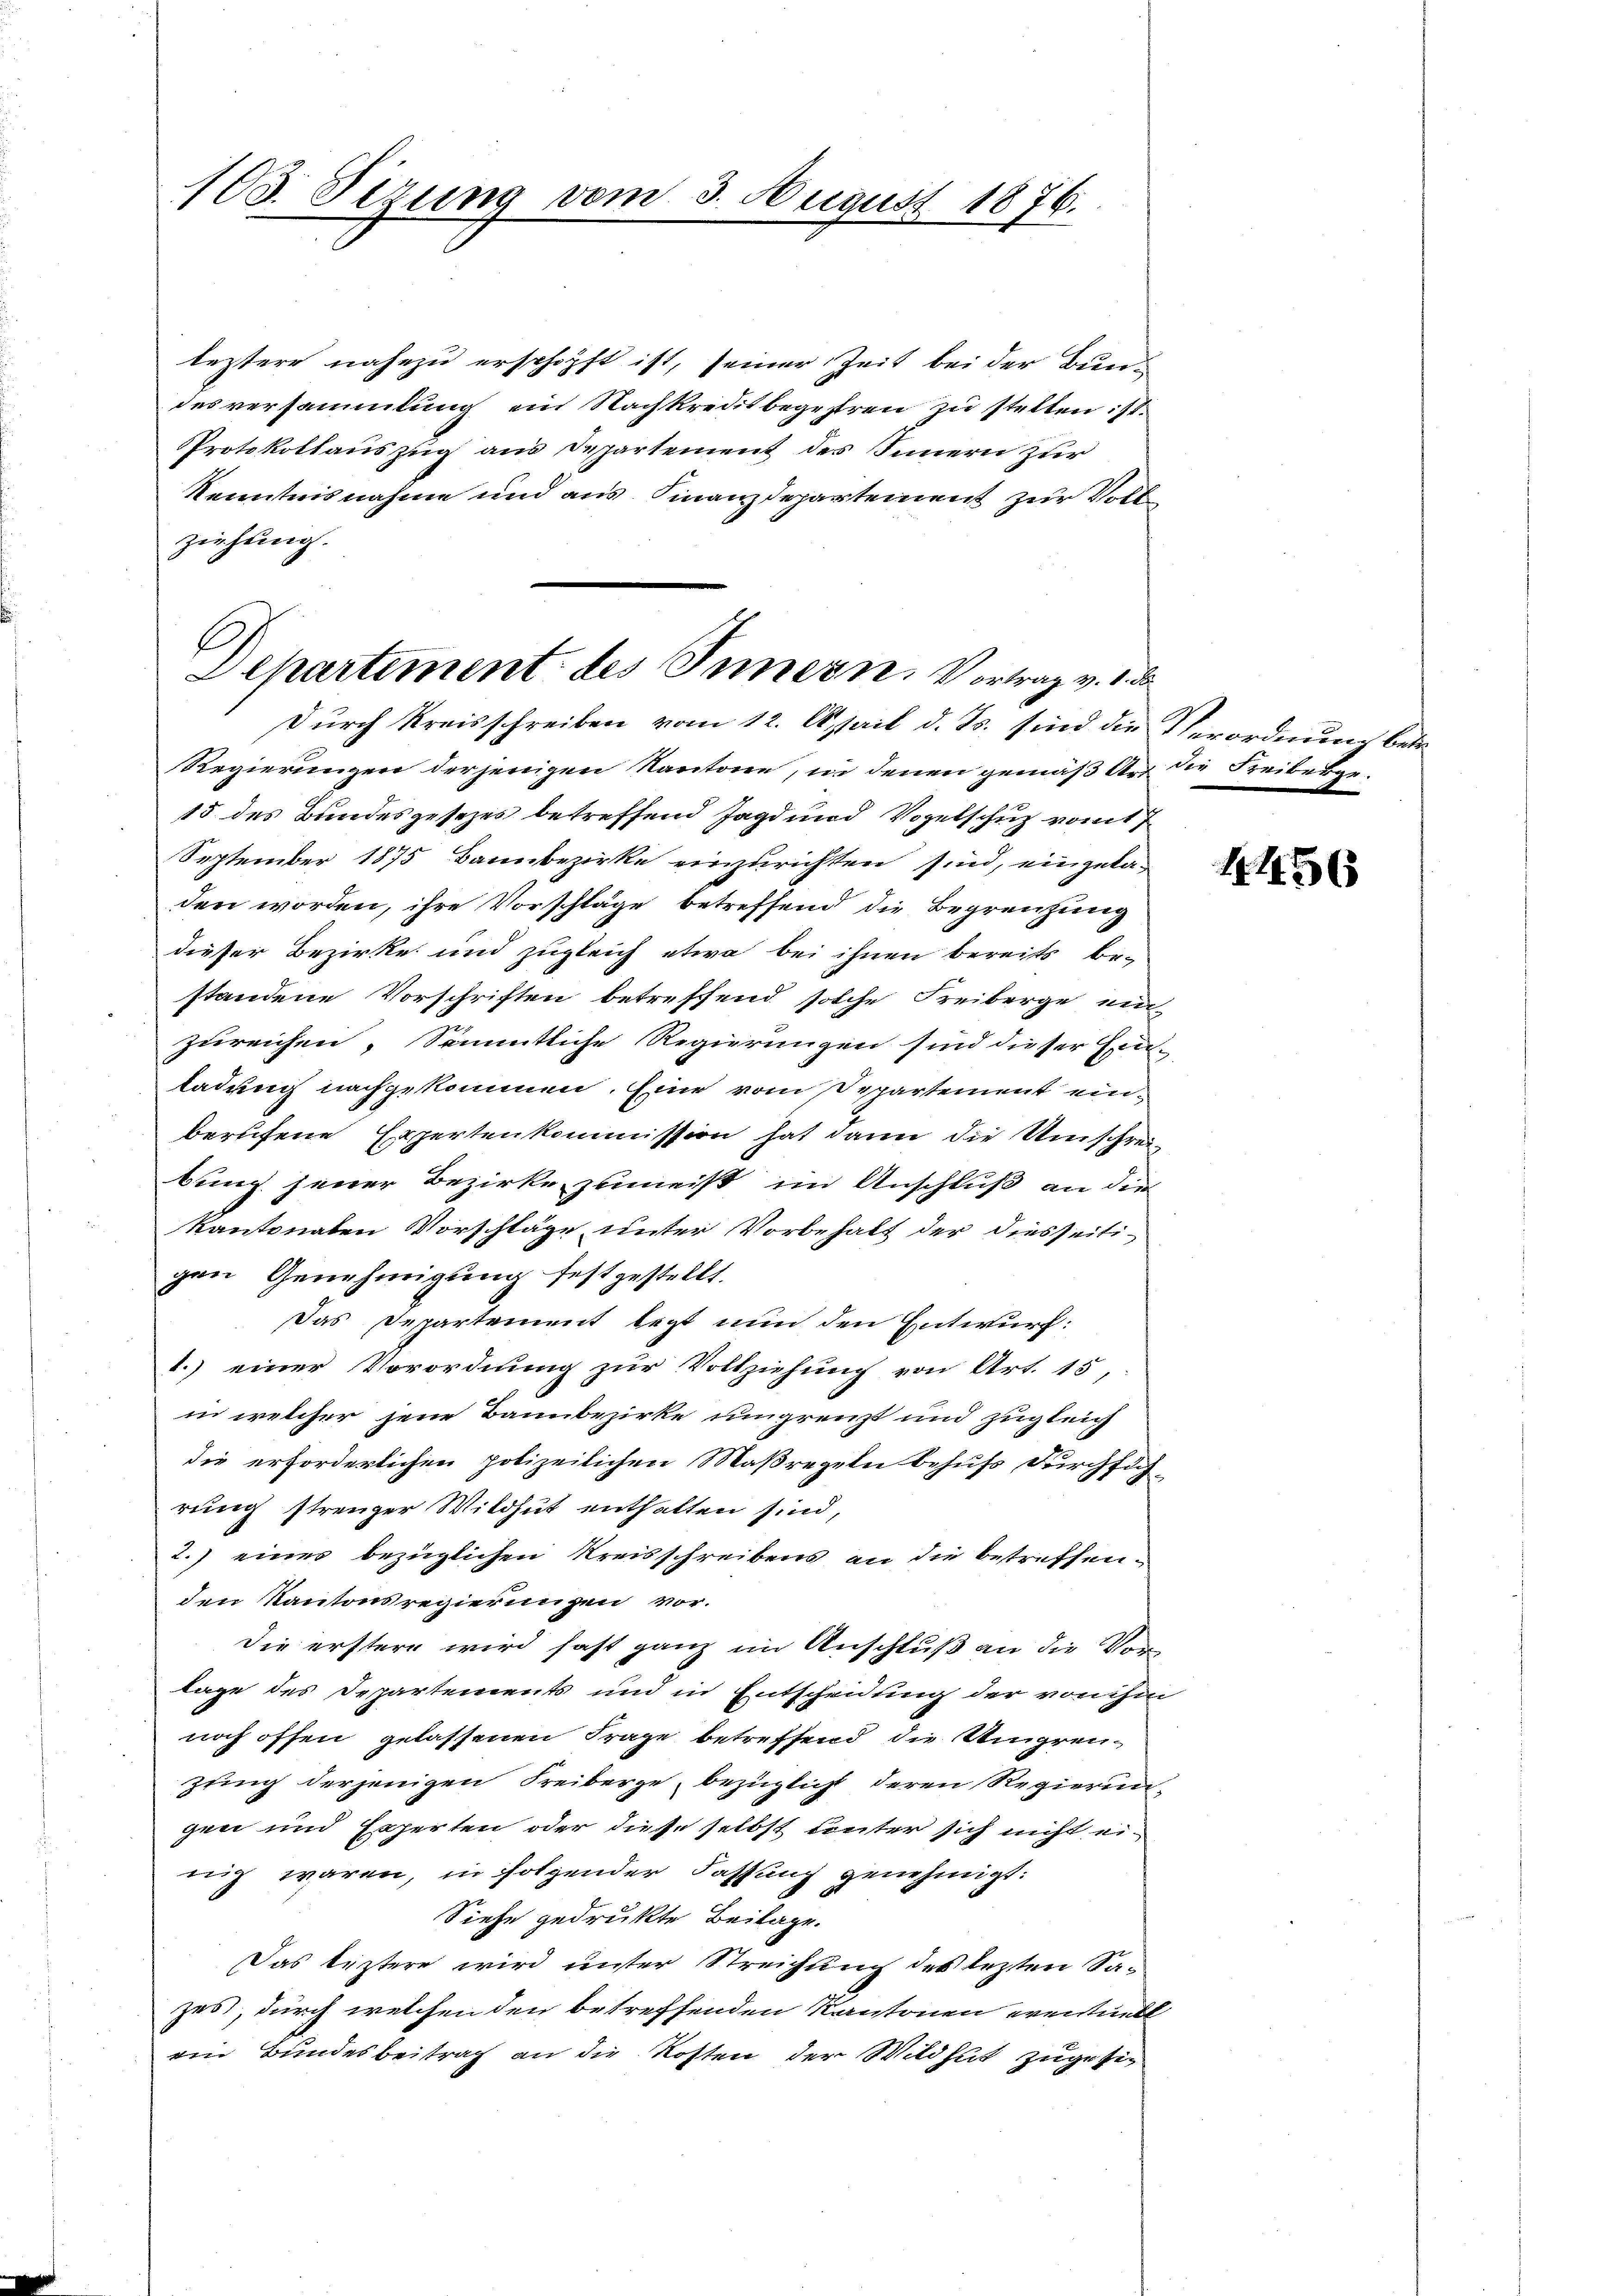
leztere nahezu erschöpft ist, seiner Zeit bei der Bundesversammlung ein Nachkreditbegehren zu stellen ist.
Protokollauszug aus Departement des Innern zur
Kenntnisnahme und aus Finanzdepartement zur Vollziehung.

103. Sezung vom

3. August 1876.

f
Departement des Innern. Vortrag v. d. d
Durch Kreisschreiben vom 12. April d. Js. sind die Verordnung betr

Regierungen derjenigen Kantone, in denen gemäß Art die Freiberge¬
15 des Bundesgesezes betreffend Jagd und Vogelschuß vom 7.
September 1875 Bannbezirke einzurichten sind, eingeladen worden, ihre Vorschläge betreffend die Begrenzung
dieser Bezirke und zugleich etwa bei ihnen bereits be-
standene Vorschriften betreffend solche Freiberge ein-
zureichen. Sämmtliche Regierungen sind dieser Erin-
ladung nachgekommen. Eine vom Departement einberufene Erpertenkommission hat dann die Umschreibung jener Bezirke zumeist im Anschluß an die
kantonalen Vorschläge unter Vorbehalt der diesseitigen Genehmigung festgestellt.
Das Departement legt nun den Entwurf:
1.) einer Vorordnung zur Vollziehung von Art. 15,
in welcher jene Bannbezirke umgrenzt und zugleich
die erforderlichen polizeilichen Maßregeln behufs durchsich
rung strenger Wildhut enthalten sind,
2.) einer bezüglichen Kreisschreibens an die betreffenden Kantonsregierungen vor.
Die erstere wird fast ganz im Anschluß an die Vorlage des Departements und in Entscheidung der von ihm
noch offen gelassenen Frage betreffend die Umgrenzung derjenigen Freiberge, bezüglicht deren Regierungen und Experten oder diese selbst unter sich nicht eimung waren, in folgender Fassung genehmigt:
Siehe gedrukte Beilage.
Das leztere wird unter Streichung des lezten Sazes, durch welchen den betreffenden Kantonen eventuell
ein Bundesbeitrag an die Kosten der Wildhut zugesi¬

1456